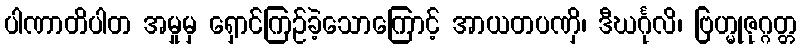
ပါဏာတိပါတ အမှုမှ ရှောင်ကြဉ်ခဲ့သောကြောင့် အာယတပဏှိ၊ ဒီဃင်္ဂုလိ၊ ဗြဟ္မုဇုဂ္ဂတ္တ